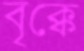
বৃক্কে